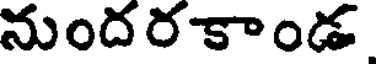
నుందరకాండ